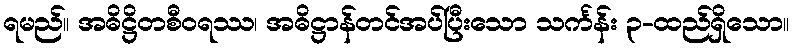
ရမည်။ အဓိဋ္ဌိတစီဝရဿ၊ အဓိဋ္ဌာန်တင်အပ်ပြီးသော သင်္ကန်း ၃-ထည်ရှိသော။